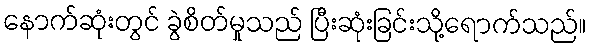
နောက်ဆုံးတွင် ခွဲစိတ်မှုသည် ပြီးဆုံးခြင်းသို့ရောက်သည်။